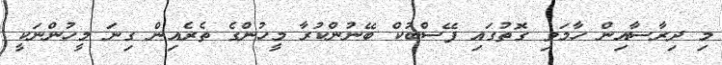
މި ދިރާސާއިން ހާމަވި ގޮތުގައި ފޭސްބުކް ބޭނުންކުރާ މީހުންގެ ތެރެއިން ގިނަ މީހުންނަކީ